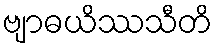
ဗျာဓယိဿသီတိ